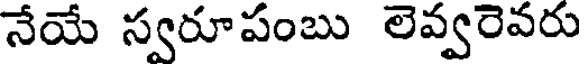
నేయే స్వరూపంబు లెవ్వరెవరు